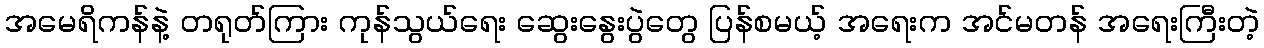
အမေရိကန်နဲ့ တရုတ်ကြား ကုန်သွယ်ရေး ဆွေးနွေးပွဲတွေ ပြန်စမယ့် အရေးက အင်မတန် အရေးကြီးတဲ့